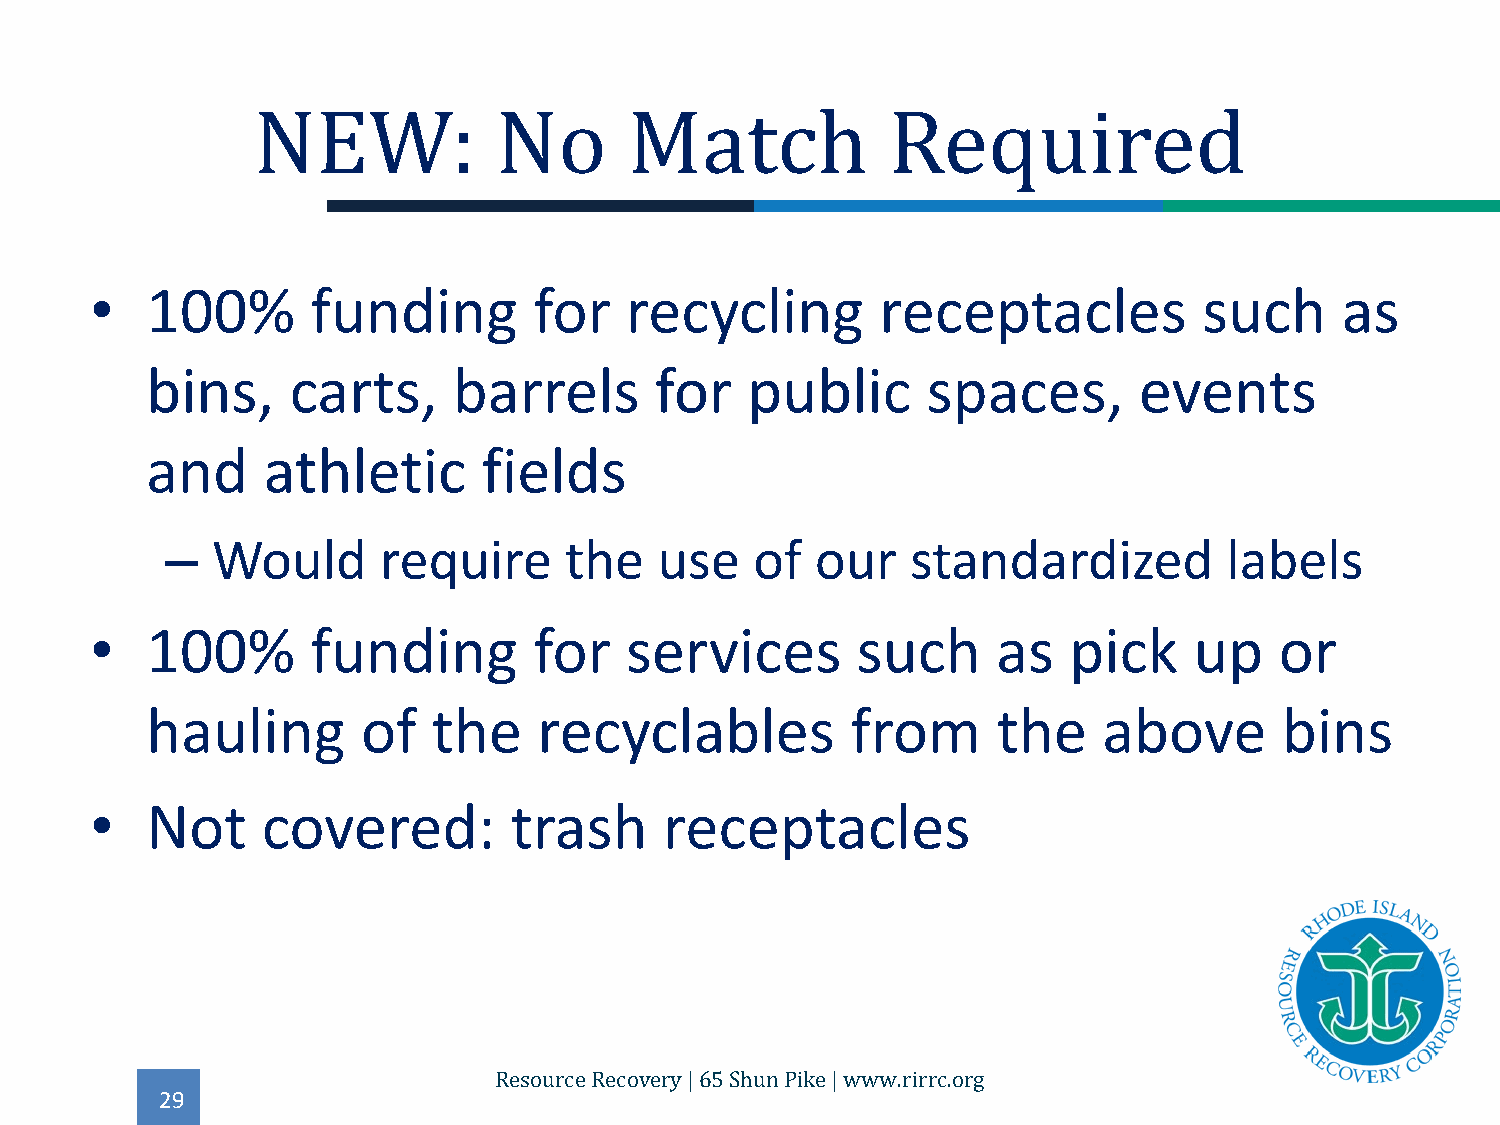
•   100%       funding       for   recycling        receptacles           such     as
 NEW:            No       Match            Required
 bins,    carts,     barrels      for   public      spaces,       events
 and    athletic       fields
 –  Would      require     the    use   of  our   standardized         labels
 •   100%       funding       for   services        such     as   pick    up    or
 hauling       of   the    recyclables         from      the    above       bins
 •   Not    covered:         trash     receptacles
 29
 Resource Recovery | 65 Shun Pike | www.rirrc.org